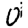
Digit: 0